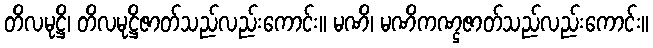
တိလမုဋ္ဌိ၊ တိလမုဋ္ဌိဇာတ်သည်လည်းကောင်း။ မဏိ၊ မဏိကဏ္ဌဇာတ်သည်လည်းကောင်း။